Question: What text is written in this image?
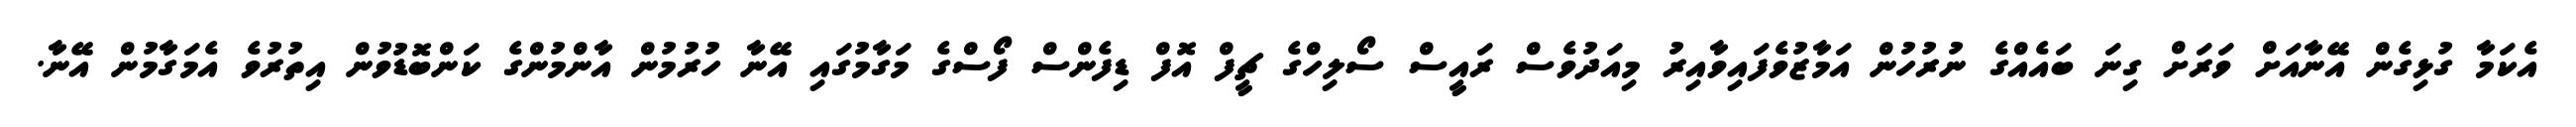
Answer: އެކަމާ ގުޅިގެން އޭނާއަށް ވަރަށް ގިނަ ބައެއްގެ ނުރުހުން އަމާޒުވެފައިވާއިރު މިއަދުވެސް ރައީސް ސޯލިހްގެ ޗީފް އޮފް ޑިފެންސް ފޯސްގެ މަގާމުގައި އޭނާ ހުރުމުން އާންމުންގެ ކަންބޮޑުވުން އިތުރުވެ އެމަގާމުން އޭނާ.